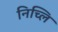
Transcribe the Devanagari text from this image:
निच्लि